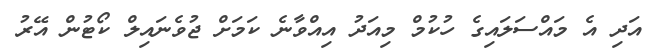
އަދި އެ މައްސަލައިގެ ހުކުމް މިއަދު އިއްވާނެ ކަމަށް ޖުވެނައިލް ކޯޓުން އޭރު